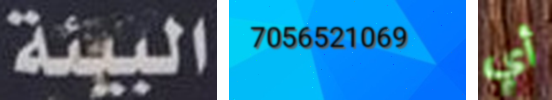
البيئة 7056521069 أي